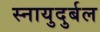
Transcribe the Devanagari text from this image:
स्नायुदुर्बल